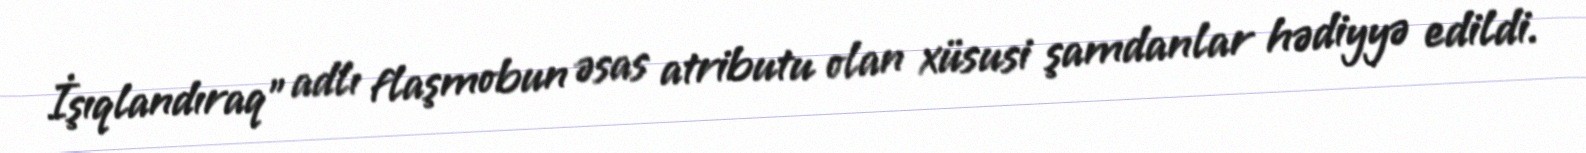
İşıqlandıraq” adlı flaşmobun əsas atributu olan xüsusi şamdanlar hədiyyə edildi.